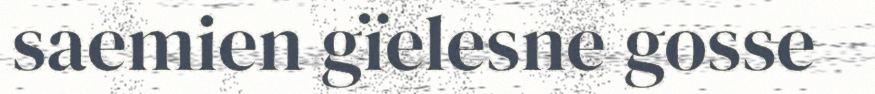
saemien gïelesne gosse